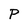
Character: p